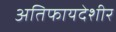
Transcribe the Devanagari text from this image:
अतिफायदेशीर